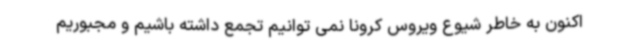
اکنون به خاطر شیوع ویروس کرونا نمی توانیم تجمع داشته باشیم و مجبوریم